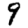
Digit: 9